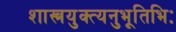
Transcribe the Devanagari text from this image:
शास्त्रयुक्त्यनुभूतिभिः